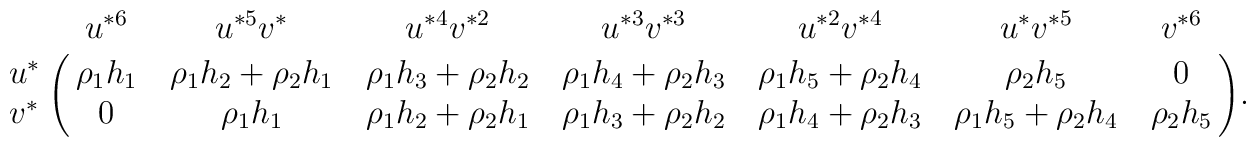
\bordermatrix{    & u^{*6}      & u^{*5}v^{*} & u^{*4}v^{*2} &u^{*3}v^{*3} & u^{*2}v^{*4} & u^{*}v^{*5} & v^{*6}  \cr              u^{*} & \rho_1 h_1 & \rho_1 h_2 + \rho_2 h_1 & \rho_1 h_3 +\rho_2 h_2  & \rho_1 h_4 +\rho_2 h_3 & \rho_1 h_5 +\rho_2 h_4  & \rho_2h_5& 0      \cr              v^{*} & 0 & \rho_1 h_1 & \rho_1 h_2 +\rho_2 h_1 & \rho_1 h_3+ \rho_2 h_2 & \rho_1 h_4 +\rho_2 h_3 & \rho_1 h_5 +\rho_2 h_4  &\rho_2h_5  \cr}.